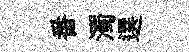
番濁選